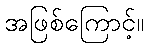
အဖြစ်ကြောင့်။